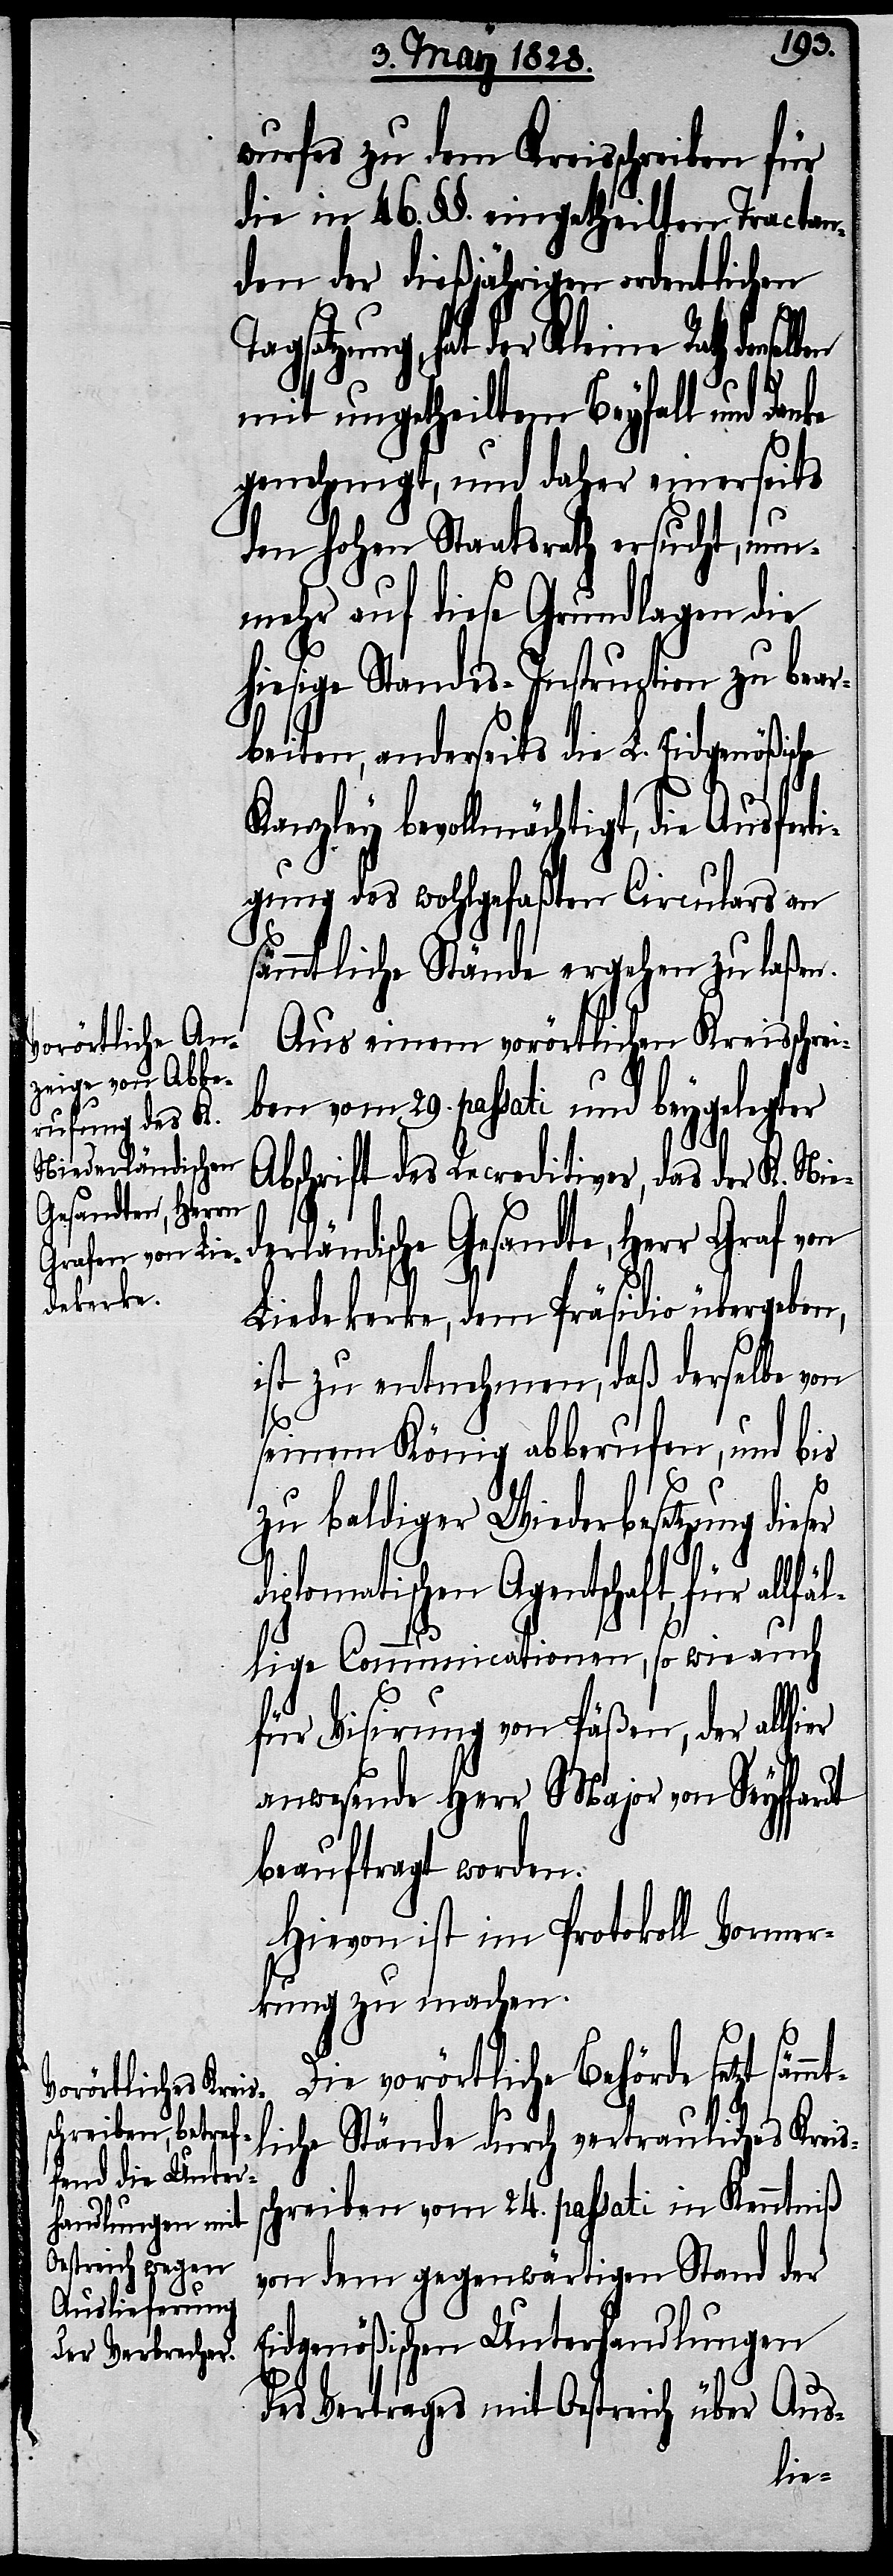
sämmt¬
wurfes zu dem Kreisschreiben für
die in 46. §§. eingetheilten Tractan¬
den der dießjährigen ordentlichen
Rath denselben
mit ungetheiltem Beyfall und Danke
genehmigt, und daher einerseits
den hohen Staatsrath ersucht, nun¬
mehr auf diese Grundlagen die
hiesige Standes-Instruction zu bear¬
beiten, anderseits die L. Eidgenößische
bevollmächtigt, die Ausfert¬
igung des wohlgefaßten Circulars an
sämmtliche Stände ergehen zu laßen.
Aus einem vorörtlichen Kreisschrei¬
ben vom 29. passati und beygelegter
Abschrift des Recreditives, das der K. Nie¬
derländische Gesandte, Herr Graf von
Liedekerke, dem Präsidio übergeben,
ist zu entnehmen, daß derselbe von
seinem König abberufen, und bis
er
zu baldiger Wiederbesetzung die¬
plomatischen Agentschaft für all¬
fällige Communicationen, so wie auch
für Visirung von Päßen, der allhi¬
anwesende Herr Major von Seyffardt
beauftragt worden.
Hievon ist im Protokoll Vormer¬
kung zu machen.
Die vorörtliche Behörde setzt
liche Stände durch vertrauliches Kreis¬
schreiben vom 24. passati in Kenntniß
von dem gegenwärtigen Stand der
Eidgenößischen Unterhandlungen
des Vertrages mit Oestreich über Aus-
di¬